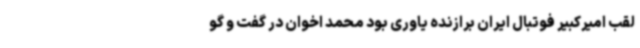
لقب امیرکبیر فوتبال ایران برازنده یاوری بود محمد اخوان در گفت و گو